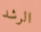
الرشد